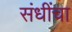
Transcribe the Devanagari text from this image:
संधींचा